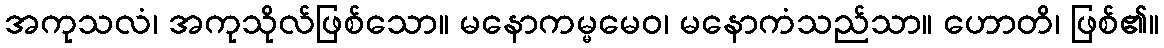
အကုသလံ၊ အကုသိုလ်ဖြစ်သော။ မနောကမ္မမေဝ၊ မနောကံသည်သာ။ ဟောတိ၊ ဖြစ်၏။